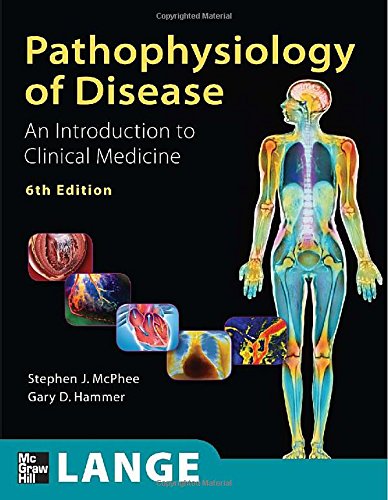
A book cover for Pathophysiology of Disease An Introduction to Clinical Medicine, Sixth Edition (Lange Medical Books); Stephen J. McPhee; Medical Books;